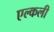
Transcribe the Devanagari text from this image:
एल्कली